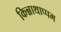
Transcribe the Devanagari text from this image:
किन्नाथाप्पम